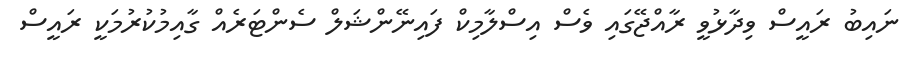
ނައިބު ރައީސް ވިދާޅުވީ ރާއްޖޭގައި ވެސް އިސްލާމިކް ފައިނޭންޝަލް ސެންޓަރެއް ގާއިމުކުރުމަކީ ރައީސް